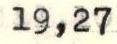
19,27